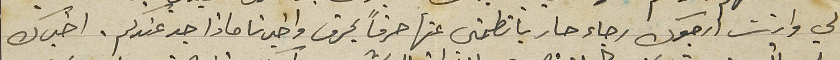
لي وانت ارجوك رجاء حار باتطمني عنها حرفاً بحرف واخبرنا ماذا جد عندكم. اخبرك